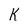
Character: k